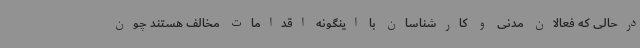
درحالی که فعالان مدنی و کارشناسان با اینگونه اقدامات مخالف هستند چون